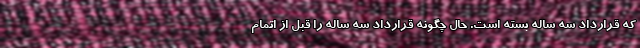
که قرارداد سه ساله بسته است. حال چگونه قرارداد سه ساله را قبل از اتمام